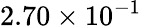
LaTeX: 2.70\times 10^{-1}